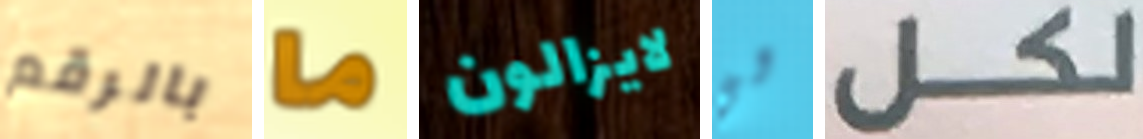
بالرقم ما لايزالون لي لكل